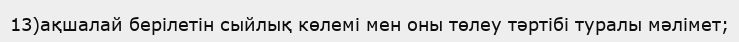
13)ақшалай берілетін сыйлық көлемі мен оны төлеу тәртібі туралы мәлімет;